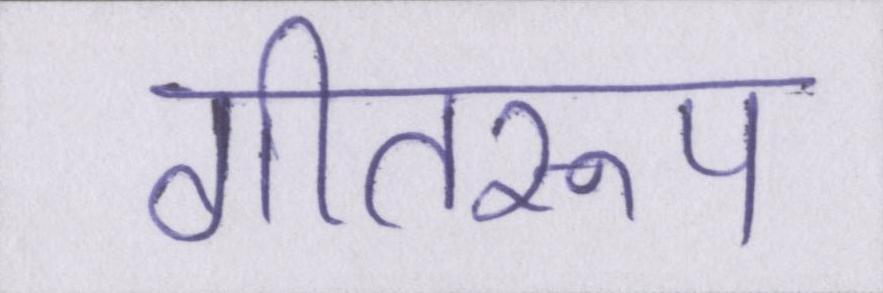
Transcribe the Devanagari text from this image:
गीतरूप